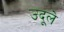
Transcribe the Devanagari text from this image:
उदूले